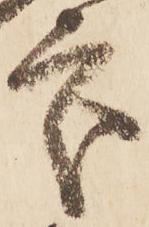
處